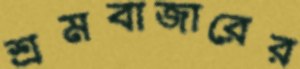
শ্রমবাজারের